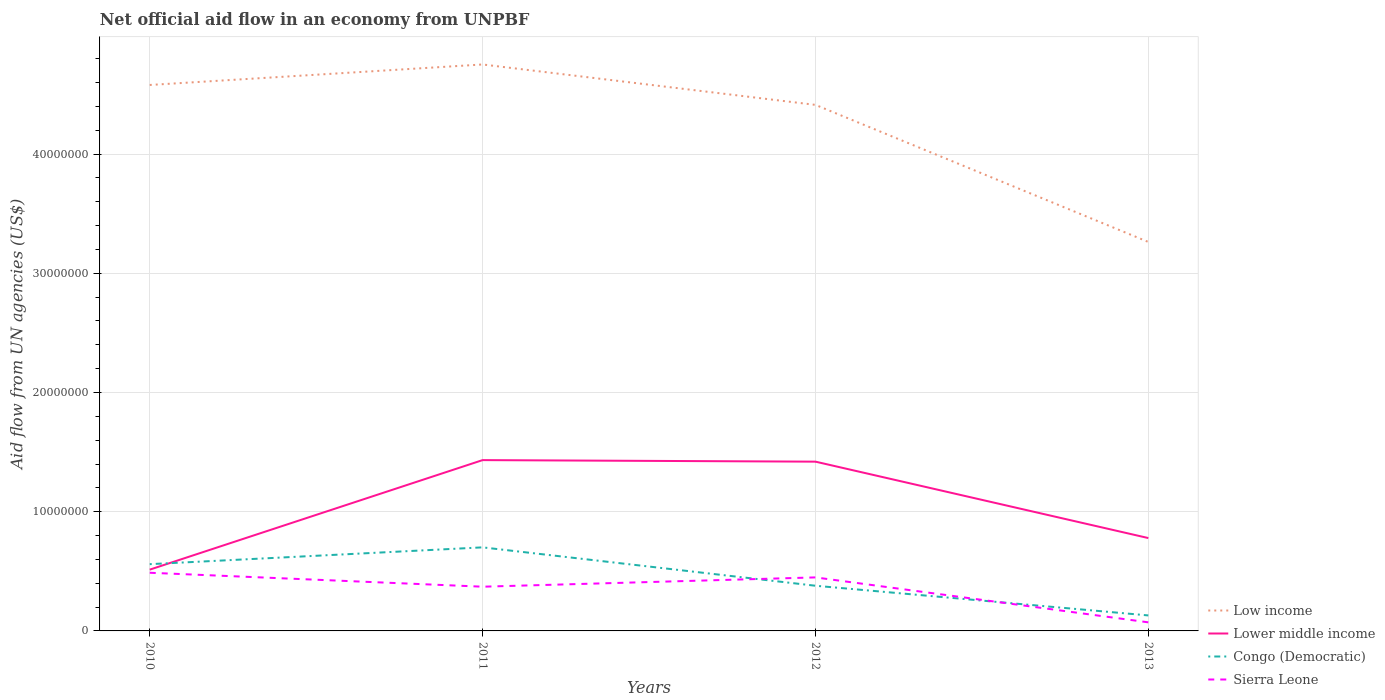
| Years | Low income | Lower middle income | Congo (Democratic) | Sierra Leone |
 | --- | --- | --- | --- | --- |
 | 2010 | 4.58e+07 | 5.14e+06 | 5.6e+06 | 4.88e+06 |
 | 2011 | 4.75e+07 | 1.43e+07 | 7.01e+06 | 3.71e+06 |
 | 2012 | 4.41e+07 | 1.42e+07 | 3.79e+06 | 4.49e+06 |
 | 2013 | 3.26e+07 | 7.79e+06 | 1.3e+06 | 7.2e+05 |